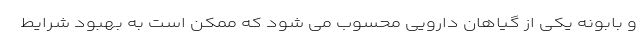
و بابونه یکی از گیاهان دارویی محسوب می شود که ممکن است به بهبود شرایط